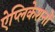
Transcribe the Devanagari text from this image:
ऐप्लिकेशनों